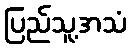
ပြည်သူ့အသံ